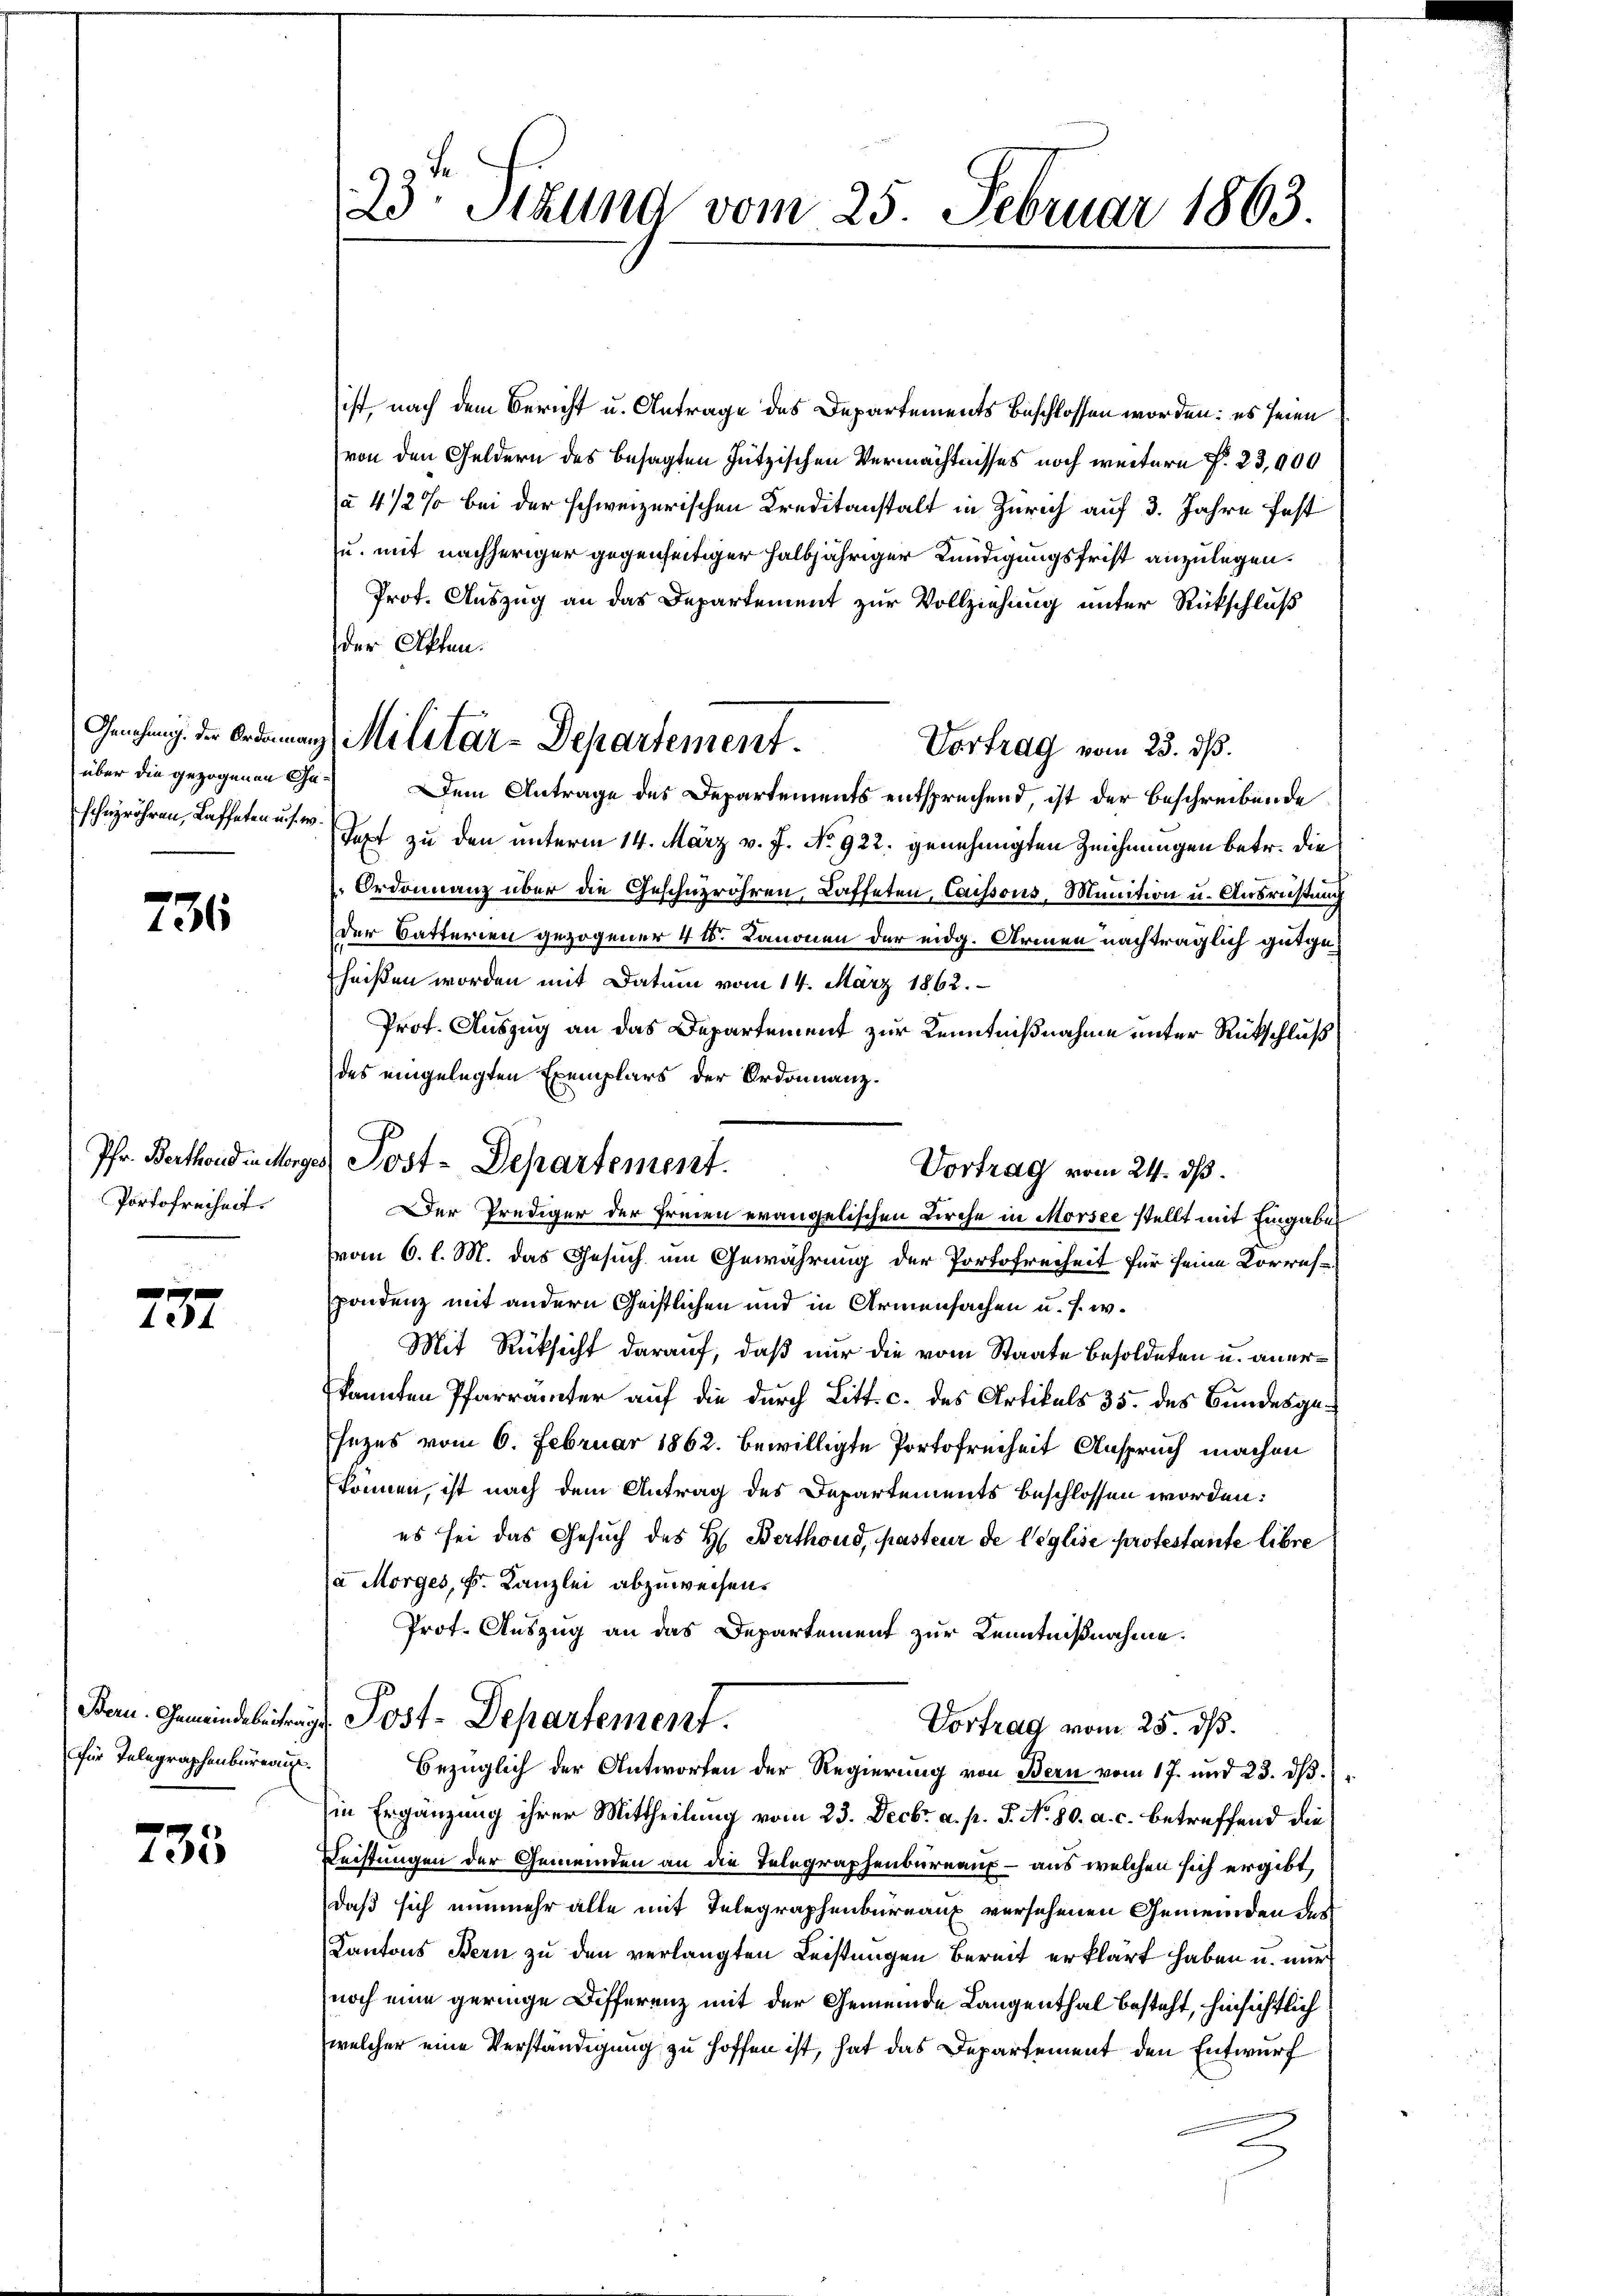
236

Pfr. Berthoud in Morg
Portofreiheit.

x
484

für Telegraphenbureau.

735

23: Sitzung vom 25. Februar 1863.

Genehmig der Ordinanz Militär-Departement.

ist nach dem Bericht u. Antrage des Departements beschlossen worden: es seien
von den Geldern des besagten Jützischen Vermächtnisses noch weitere §. 23,000
a 4 1/2 % bei der schweizerischen Kreditanstalt in Zürich auf 3. Jahre fest
u. mit nachheriger gegenseitiger halbjähriger Kündigungsfrist anzulegen.
Prot. Auszug an das Departement zur Vollziehung unter Rückschluß
der Offen.
Vortrag vom 23. dß.
über die gezogenen Cha Dem Antrage des Departements entsprechend, ist der Beschreibende
scherröhren, Kaffeten use zu den unterm 14. März v. J. No 922. genehmigten Zeichnungen betr. die
Ordonnanz über die Geschüzröhren, Kaffeten, Caissous, Munition u. Ausrüstung
der Satterien gezogener 4 t. Kanonen der eidg. Armen nachträglich gutgeheißen worden mit Datum vom 14. März 1862.
Prof. Auszug an das Departement zur Kenntnißnahme unter Rückschluß
des eingelegten Exemplars der Ordonanz.
Vortrag vom 24. dß.
Der Prediger der Freien evangelischen Kirche in Morsee stellt mit Eingaben
vom 6. l. M. das Gesuch um Gewährung der Portofreiheit für seine Korres-
pondenz mit andern Geistlichen und in Armensachen u. s. w.
Mit Rücksicht darauf, daß nur die vom Staate besoldeten u. anerkannten Pfarrämter auf die durch Litt. c. des Artikels 35. des Bundesgesezes vom 6. Februar 1862. bewilligte Portofreiheit Anspruch machen
können, ist nach dem Antrag des Departements beschlossen worden:
es sei das Gesuch des H. Berthond, pasteur de Weglise protestante libre
a Morges, k. Kanzlei abzuweisen.
Prot. Auszug an das Departement zur Kenntnißnahme
Bern. Gemeindebetrags, Post-Departement.
Vortrag vom 25. dß.
bezüglich der Antworten der Regierung von Bern vom 17. und 23. dβ.
in Ergänzung ihrer Mittheilung vom 23. Decbr. a. p. P. No. 80. a. c. betreffend die
Leistungen der Gemeinden an die Telegraphenbureaus – aus welchen sich ergibt,
daß sich nunmehr alle mit Telegraphenbureaux versehenen Gemeinden der
Kantons Bern zu den verlangten Leistungen bereit erklärt haben u. nur
noch eine geringe Differenz mit der Gemeinde Langenthal besteht, hinsichtlich
welcher eine Verständigung zu hoffen ist, hat das Departement den Entwurf
e

Post-Departement.